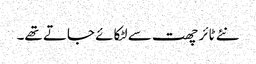
نئے ٹائر چھت سے لٹکائے جاتے تھے۔